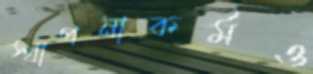
স্থাপনাকর্মও